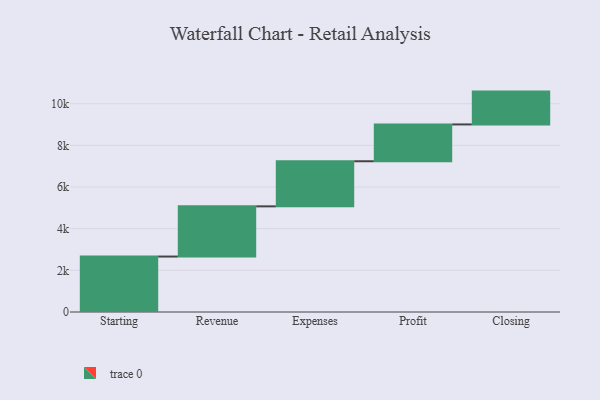
{"axis": {"x": "Step", "y": "Value"}, "legend": [""], "data": [{"x": "Starting", "y": 2662.0, "type": ""}, {"x": "Revenue", "y": 2410.0, "type": ""}, {"x": "Expenses", "y": 2165.0, "type": ""}, {"x": "Profit", "y": 1768.0, "type": ""}, {"x": "Closing", "y": 1576.0, "type": ""}]}